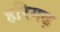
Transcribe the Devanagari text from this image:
हरिगढ़